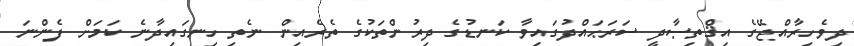
ދިވެހިރާއްޖޭގެ އިޤްތިޞާދީ ސަރަޙައްދުގައިވާ ކަނޑުގެ ދިރުންތަކުގެ ތެރެއިން ނެތި ހިނގައިދާނެ ކަމަށް ފެންނަ